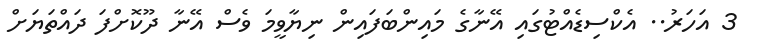
3 އަހަރު.. އެކްސިޑެއްޓުގައި އޭނާގެ މައިންބަފައިން ނިޔާވީމަ ވެސް އޭނާ ދޫކޮށްފަ ދައްތަޔަށް